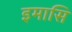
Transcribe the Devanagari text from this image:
इमासि